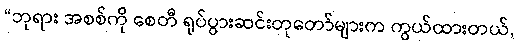
“ဘုရား အစစ်ကို စေတီ ရုပ်ပွားဆင်းတုတော်များက ကွယ်ထားတယ်,